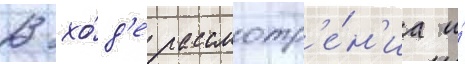
В хо́д'е рассмотр'е́н'иа и́